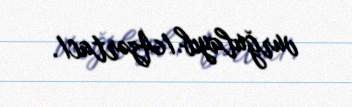
vurğulayıb./Azərtac/.